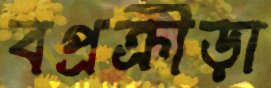
বপ্রক্রীড়া